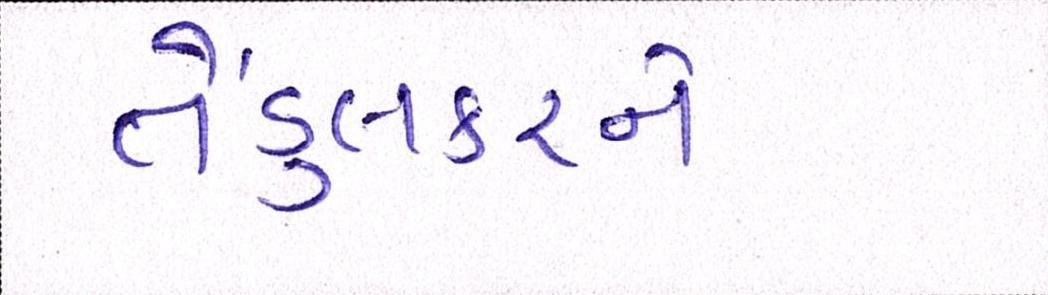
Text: તેંડુલકરને